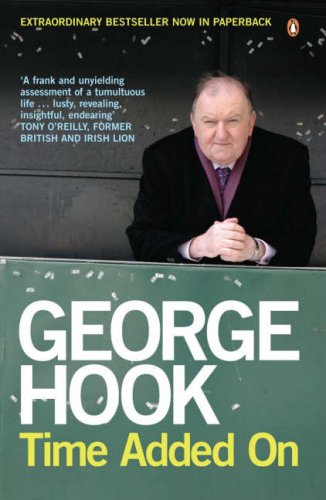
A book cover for Time Added On: The Autobiography; George Hook          ; Sports & Outdoors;